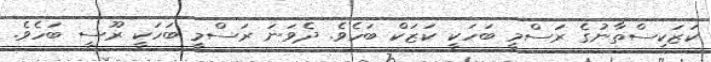
ކަޒަކިސްތާނުގެ ރަސްމީ ބަހަކީ ކަޒަކް ބަހެވެ. ދެވަނަ ރަސްމީ ބަހަކީ ރޫސީ ބަހެވެ.